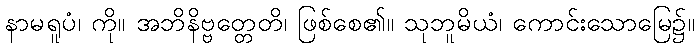
နာမရူပံ၊ ကို။ အဘိနိဗ္ဗတ္တေတိ၊ ဖြစ်စေ၏။ သုဘူမိယံ၊ ကောင်းသောမြေ၌။